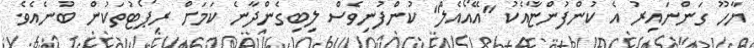
ޔާހޫ ގަންނައިރު އެ ކުންފުންޏާއެކު "އޭއޯއެލް" ކުންފުނިވެސް ލިބިގެންދާނެ ކަމަށް ރިޕޯޓުތަކުން ބުނެއެވެ.